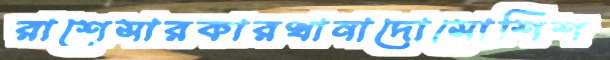
রাশেসারকারখানাদোসোশিশ